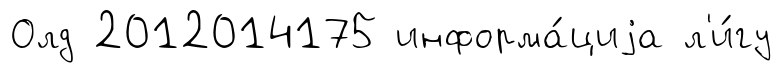
Олд 2012014175 информа́циjа л'и́гу